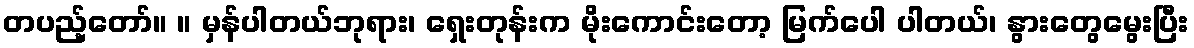
တပည့်တော်။ ။ မှန်ပါတယ်ဘုရား၊ ရှေးတုန်းက မိုးကောင်းတော့ မြက်ပေါ ပါတယ်၊ နွားတွေမွေးပြီး